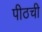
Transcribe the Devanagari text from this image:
पीठची